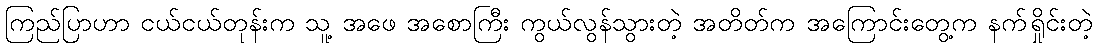
ကြည်ပြာဟာ ငယ်ငယ်တုန်းက သူ့ အဖေ အစောကြီး ကွယ်လွန်သွားတဲ့ အတိတ်က အကြောင်းတွေ့က နက်ရှိုင်းတဲ့